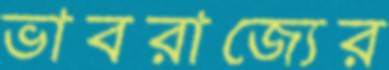
ভাবরাজ্যের